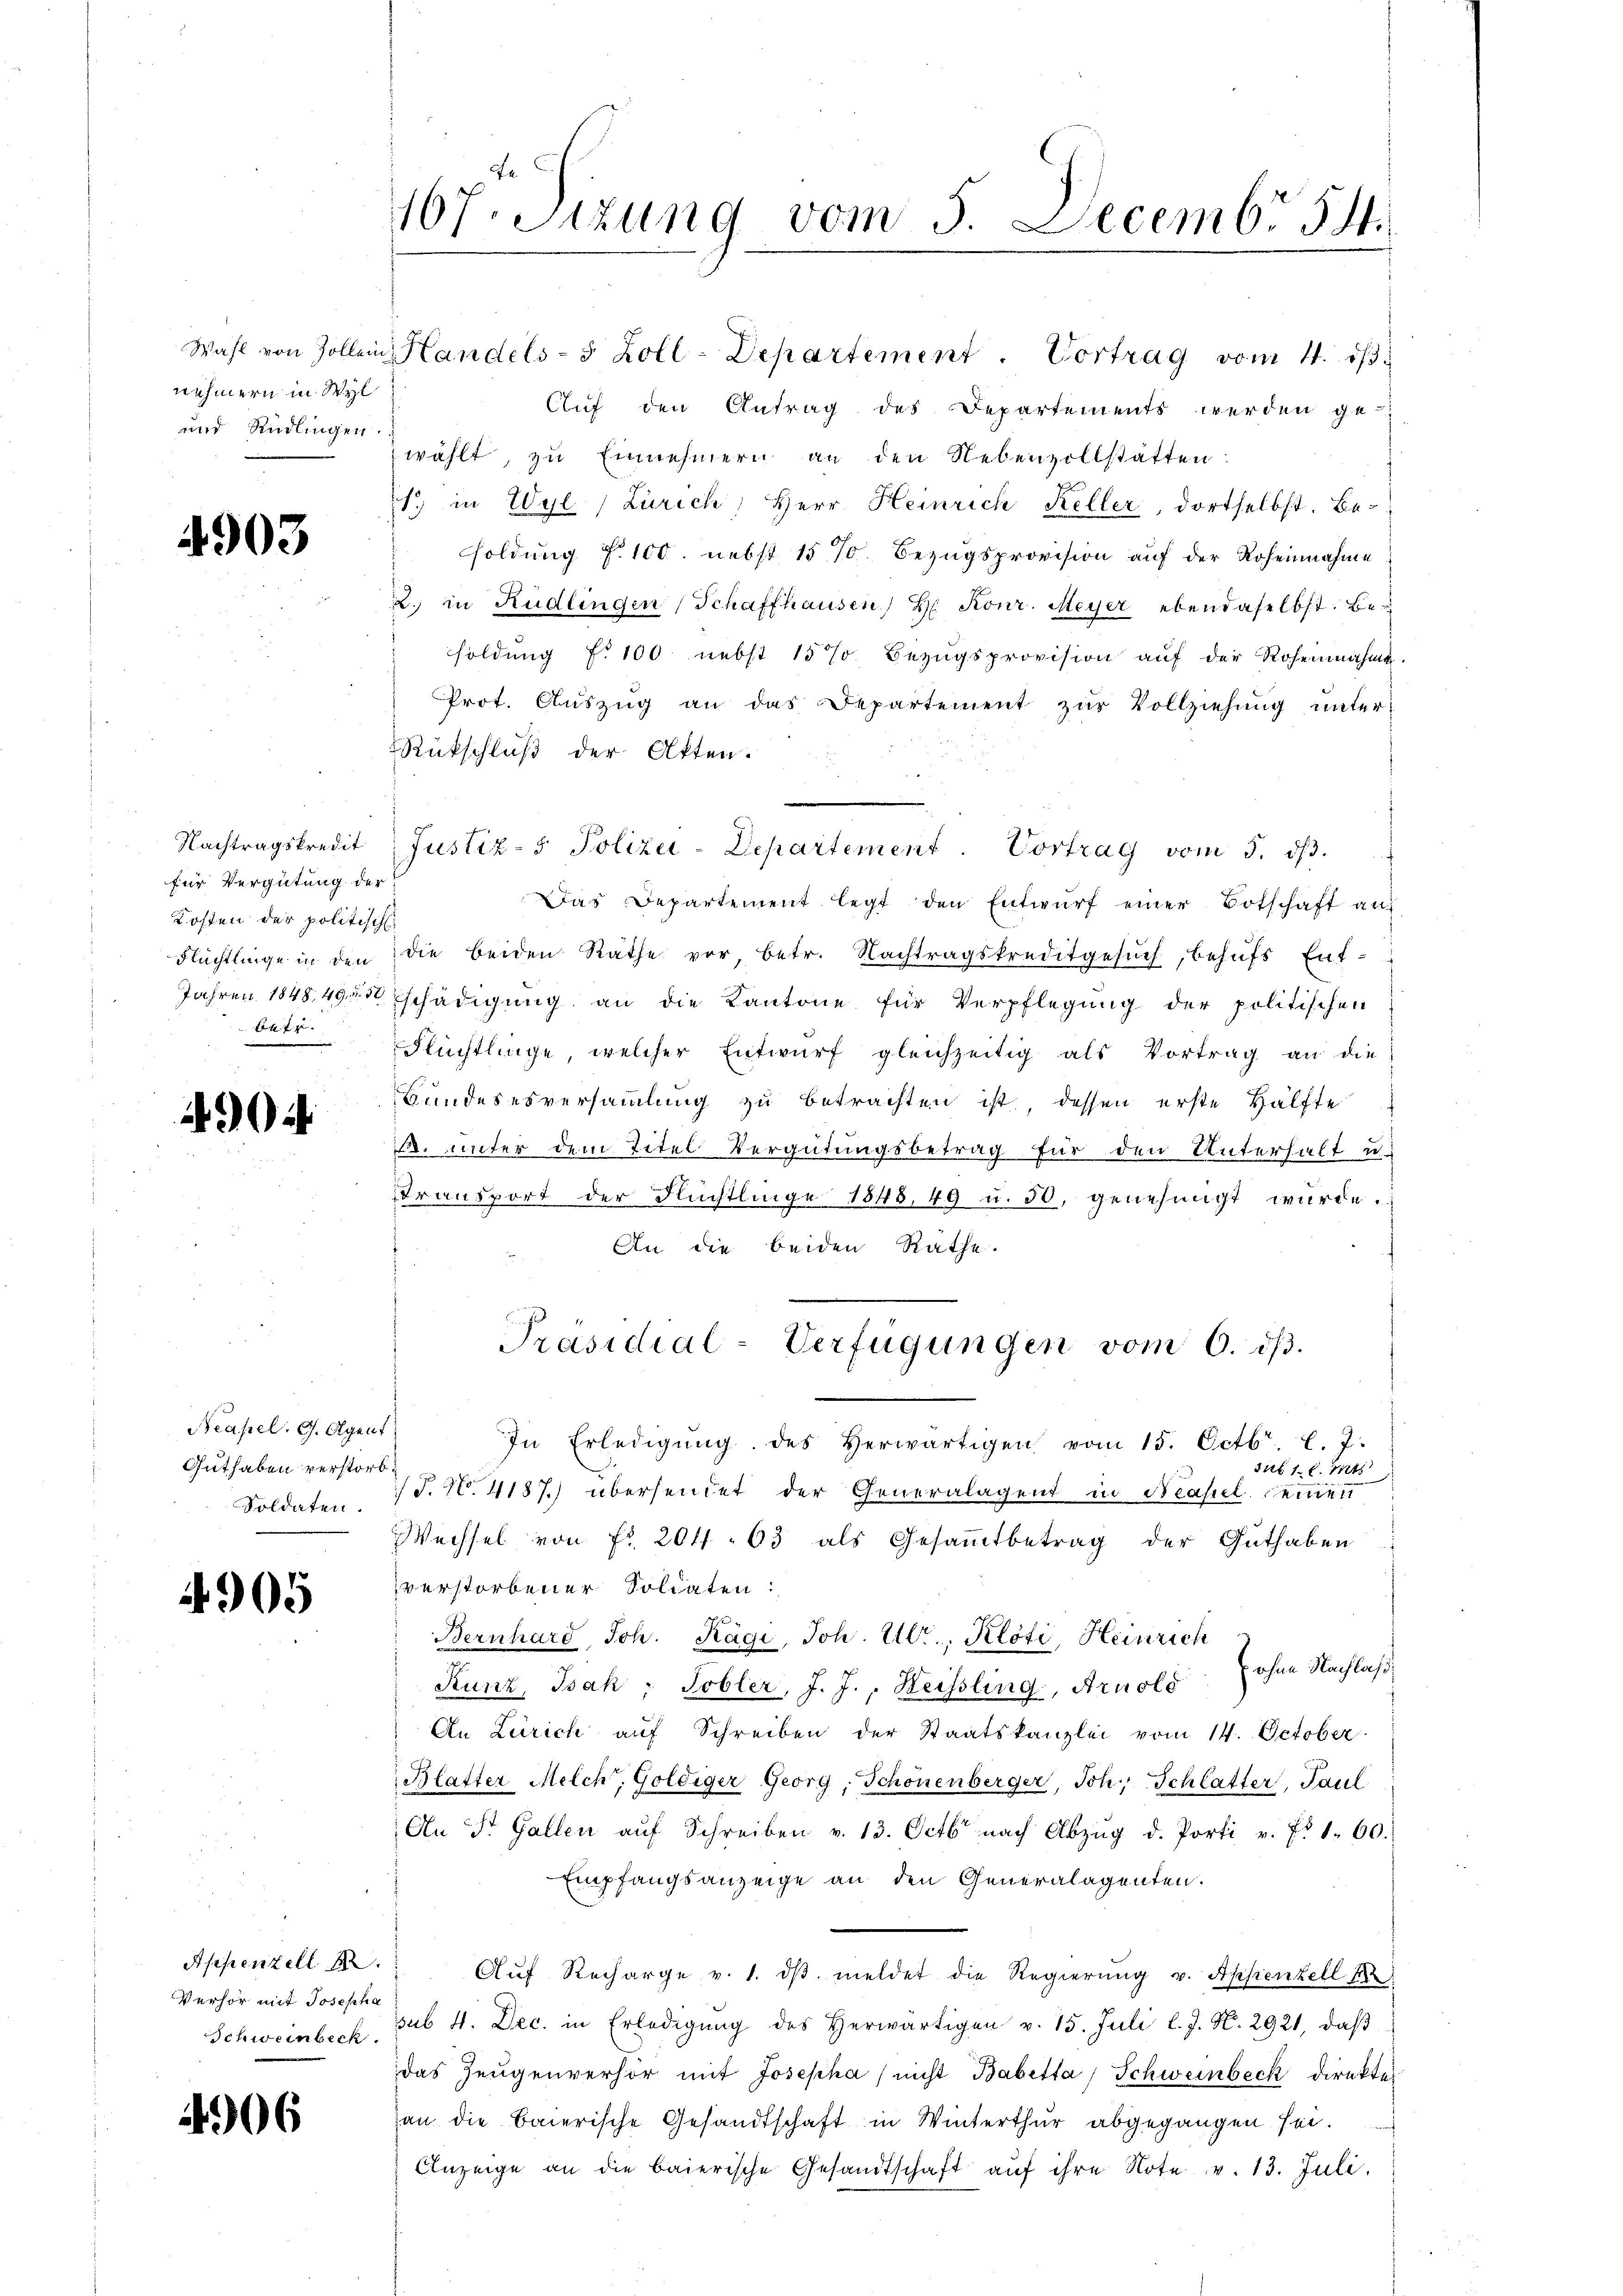
nehmern in Wyl
und Rüdlingen.

4903

für Vergütung der
Kosten der politisch
betr.

4904

Neapel. G. Olgent
Guthaben verstorb.
Soldaten.

4905

Verhör mit Josepha

4906

167. Sizung vom 5. Decembr 54.

Wahl von Zollein Handels- 5 Zoll-Departement. Vortrag vom 11. dβ.
Auf den Antrag des Departements werden ge-
wählt, zu Einnehmern an den Nebenzollstatten:
1. in Wyl Zürich, Herr Heinrich Keller, dortselbst. Be-
soldung f. 100. nebst 15 %. Bezugsprovision auf der Roheinnahme
2. in Rüdlingen (Schaffhausen H. Konr. Meyer ebendaselbst. Besoldung f. 100 nebst 157 Bezŭgsprovision aŭf der Rohennahme.
Prot. Aŭszŭg an das Departement zŭr Vollziehŭng unter-
Rückschluß der Akten.
Das Departement legt den Entwŭrf einer Botschaft auf
Flüchtlinge in den die beiden Rathe vor, betr. Nachtragskreditgesŭch, behŭfs Ent-
Jahren 184849 schädigŭng an die Kantone für Verpflegung der politischen
Flüchtlinge, welcher Entwurf gleichzeitig als Vortrag an die
Bundeserversammlung zu betrachten ist, dessen erste Hälfte
E. unter dem Titel Vergütungsbetrag für den Unterhalt u.
transport der Flüchtlinge 1848, 49 u. 50, genehmigt würde.
An die beiden Rathe.
Präsidial-Verfügungen vom 6. ds.
In Erledigŭng des herwärtigen vom 15. Octbr. l. 7.
siel 1 S. 141
/T. N. 4187) übersendet der Generalagent in Neapel seiner
Wechsel von Fr. 204. 63 als Gesammtbetrag der Guthaben
verstorbener Soliaten:
Bernhard, Joh. Kägi, Joh. Ulr., Kloti, Heinrich
Kunz, Bak, Tobler, J. J., Heissling, Arnold ohne Nachlaß¬
An Zürich aŭf Schreiben der Staatskanzlei vom 14. October.
Blatter Melch, Goldiger Georg, Schönenberger, Joh. Schlatter, Paul
An St. Gallen aŭf Schreiben v. 13. Octbr nach Abzŭg d. Porti v. f. 1. 60.
Empfangsanzeige an den Generalagenten.
Appenzell I. " Aŭf Recharge v. 1. dβ meldet die Regierŭng v. Appenzell 18
Schweinbeck, sub 4. Dec. in Erledigŭng des herwärtigen v. 15. Juli l. J. N. 2921, daβ
das Zeugenverhör mit Josepha / nicht Babetta, Schweinbeck direkte
an die Baierische Gesandtschaft in Winterthur abgegangen sei.
Anzeige an die baierische Gesandtschaft aŭf ihre Note v. 13. Juli.

Nachtragskredit Justiz- & Polizei-Departement. Vortrag vom 5. dβ.